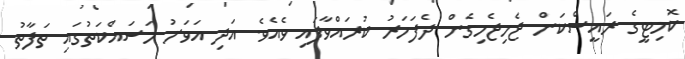
ކޮމިޓީގެ ރައީސްކަން ޖެހިޖެހިގެން ދެފަހަރު ކުރައްވާފައި ވެއެވެ. އަދި އަވަށު މަސައްކަތުގައި ތަފާތު